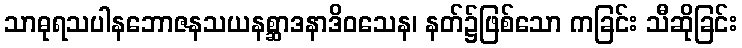
သာဓုရသပါနဘောဇနသယနစ္ဆာဒနာဒိဝသေန၊ နတ်၌ဖြစ်သော ကခြင်း သီဆိုခြင်း